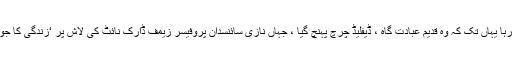
بی جے قطع نظر اترا اور نازیوں اور انڈیڈ دونوں سے لڑتا رہا یہاں تک کہ وہ قدیم عبادت گاہ ، ڈیفلیڈ چرچ پہنچ گیا ، جہاں نازی سائنسدان پروفیسر زیمف ڈارک نائٹ کی لاش پر ‘زندگی کا جوہر نکال رہے ہیں’ ، جس نے کچھ نازیوں کا شکریہ ادا کیا۔